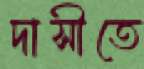
দাসীতে